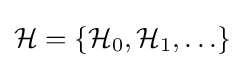
{\cal {H}}=\{{\cal {H}}_{0},{\cal {H}}_{1},\ldots \}